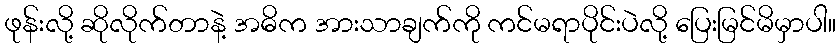
ဖုန်းလို့ ဆိုလိုက်တာနဲ့ အဓိက အားသာချက်ကို ကင်မရာပိုင်းပဲလို့ ပြေးမြင်မိမှာပါ။